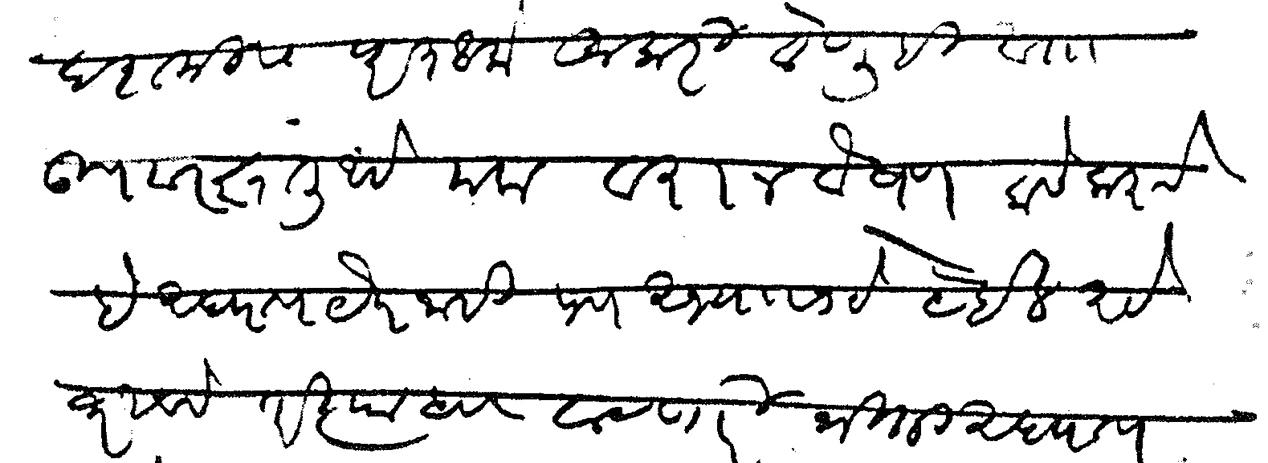
Transliteration (Devanagari): दशमीस परत आलो कुमारी वेणूही आता उपवर झाली आहे मला वरानवैषण कसे करावे हे अद्याप येत नाही पण अभ्यासाने येईल असे ठरीवावे तरी त्याब वाटणारी भीती अदयाप